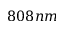
8 0 8 n m